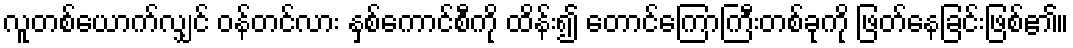
လူတစ်ယောက်လျှင် ဝန်တင်လား နှစ်ကောင်စီကို ထိန်း၍ တောင်ကြောကြီးတစ်ခုကို ဖြတ်နေခြင်းဖြစ်၏။